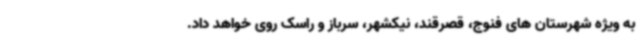
به ویژه شهرستان های فنوج، قصرقند، نیکشهر، سرباز و راسک روی خواهد داد.